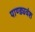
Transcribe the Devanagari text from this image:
पाण्ड्यवंश